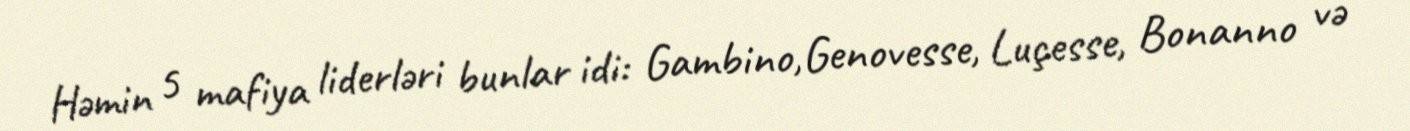
Həmin 5 mafiya liderləri bunlar idi: Gambino,Genovesse, Luçesse, Bonanno və